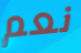
نعم